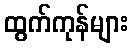
ထွက်ကုန်များ